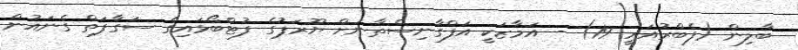
ބާލިން (ފެބްރުއަރީ 19) - އަމާޒަކީ އަފްގާނިސްތާނަށް ޔޫރަޕުގެ ފުޓްބޯޅައިގެ ސަގާފަތް ގެނައުން